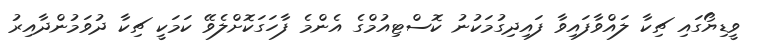
ވީޑިޔޯގައި ޗިކާ ލައްވާފައިވާ ފައިދިގުމަކުނު ކޮސްޓިއުމްގެ އެންމެ ފާހަގަކޮށްލެވޭ ކަމަކީ ޗިކާ ދުވަމުންދާއިރު